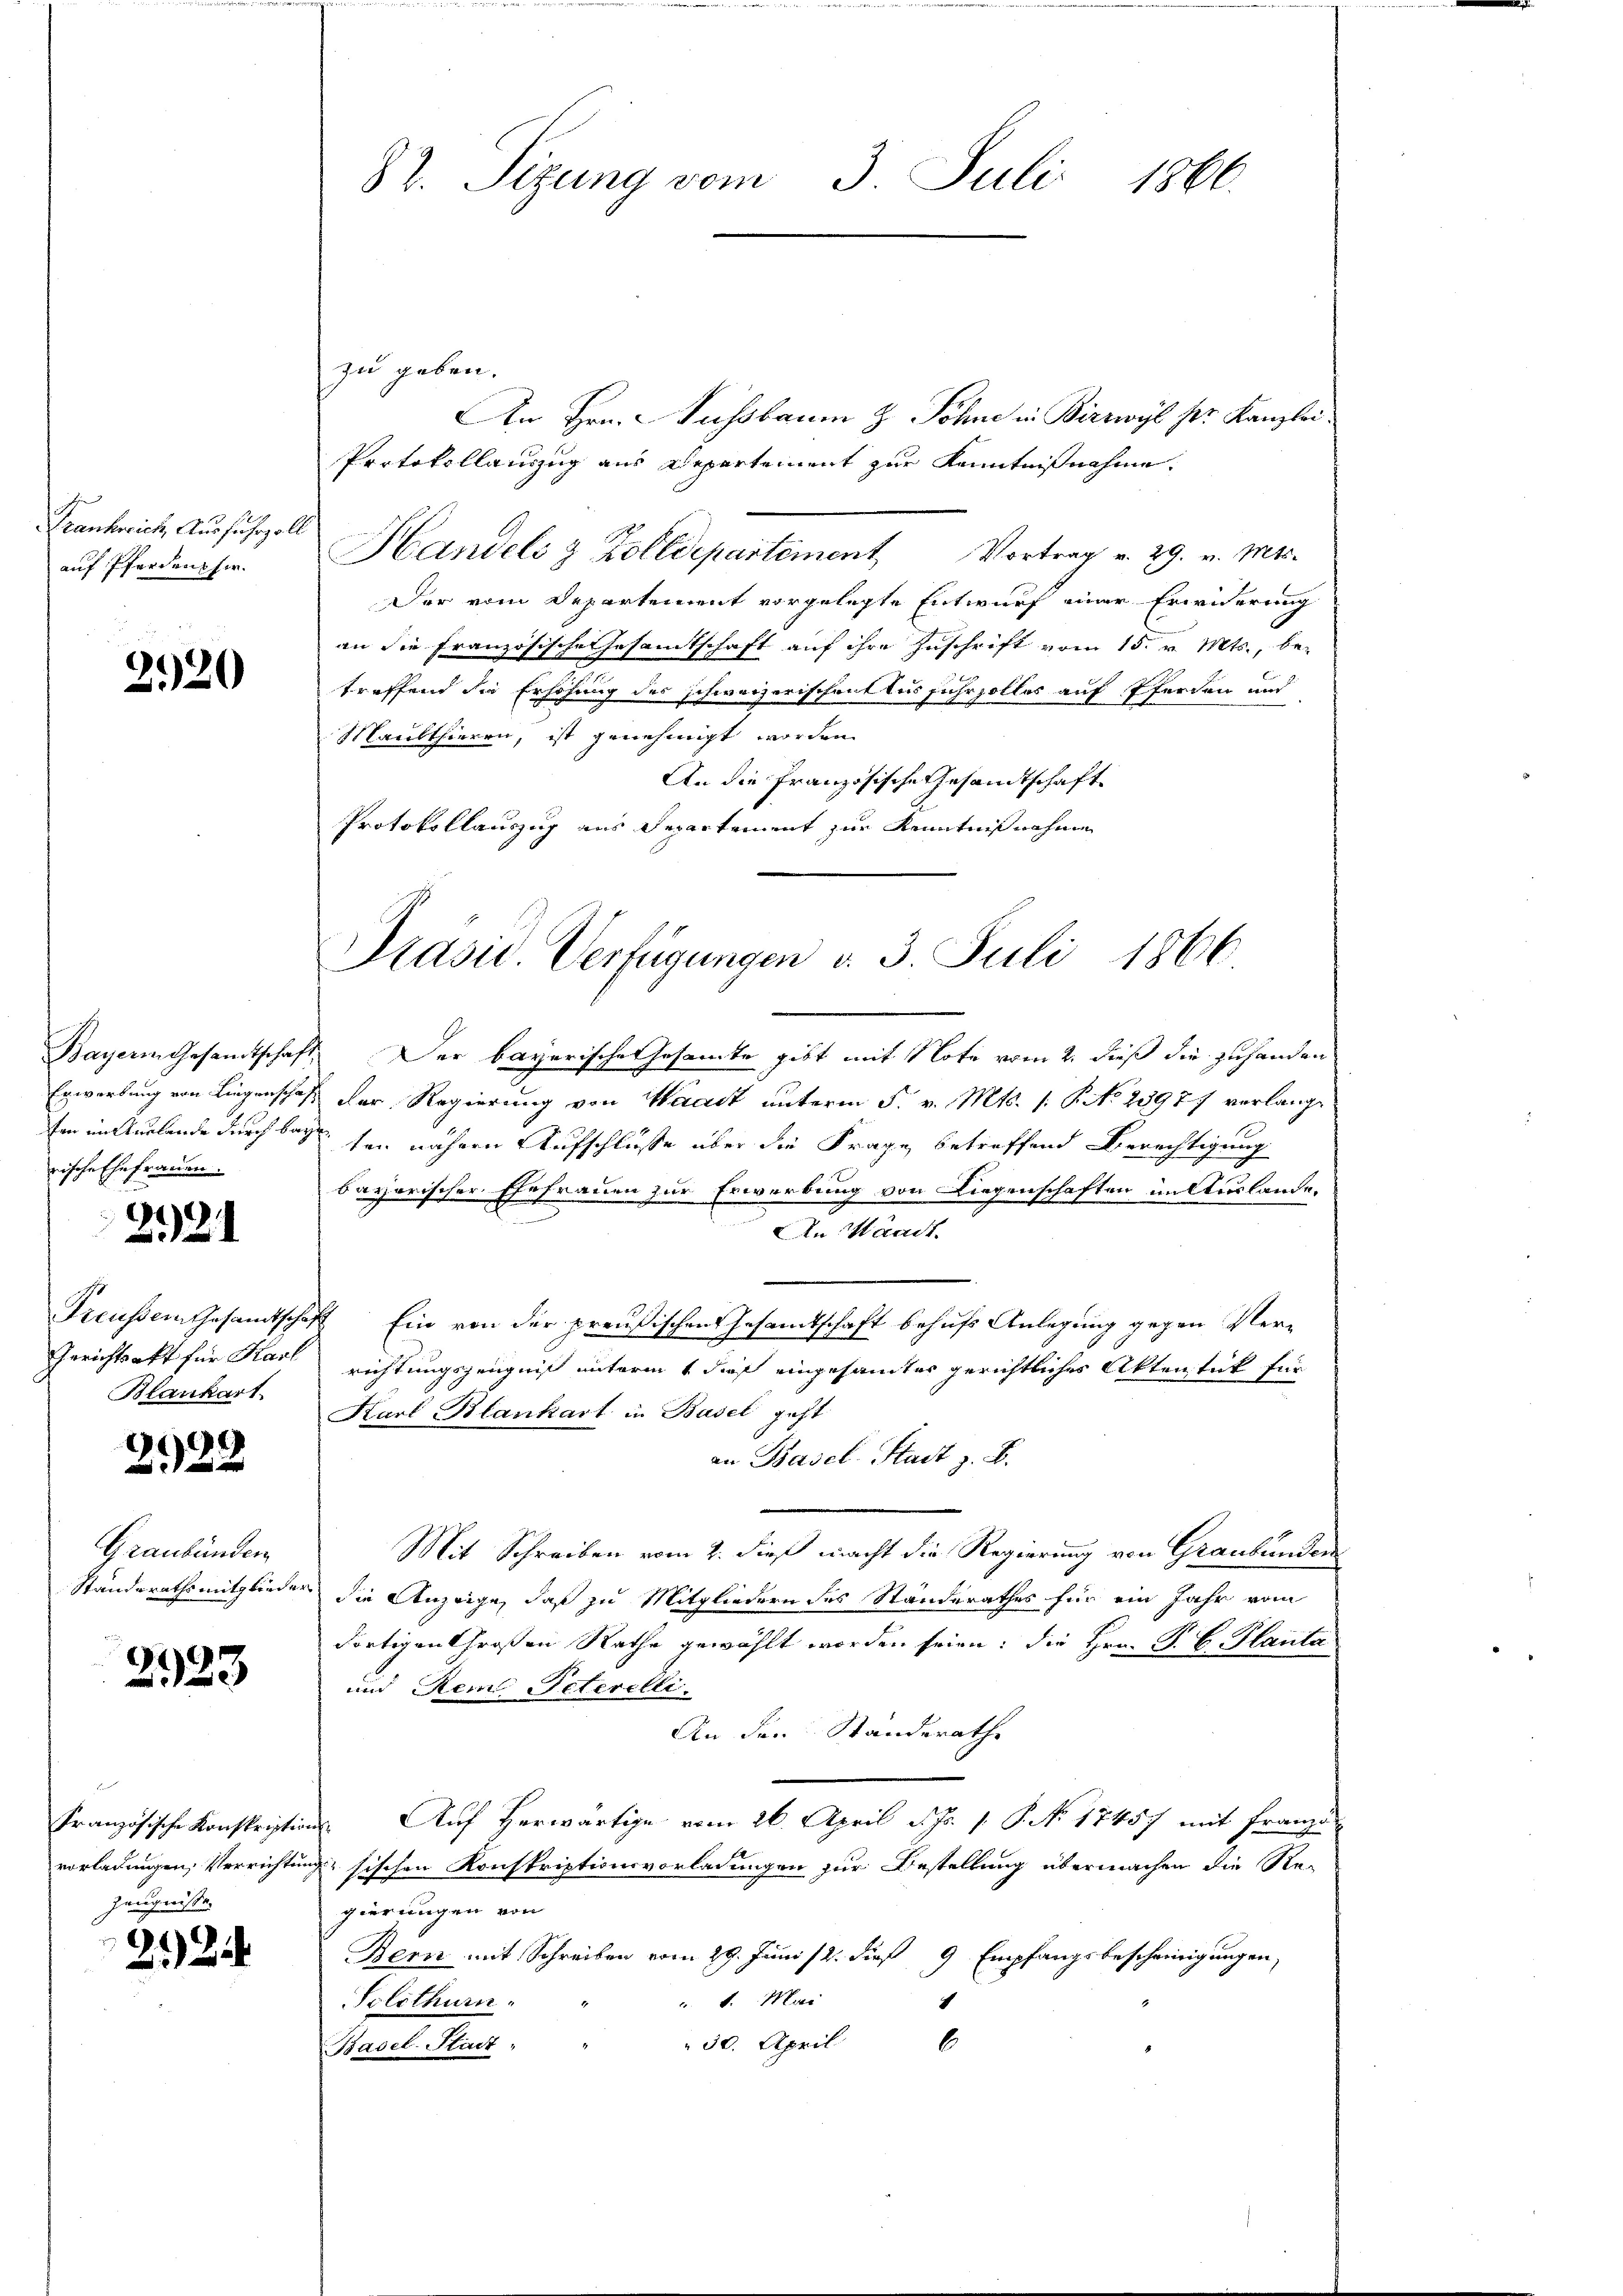
Frankreich Ausfuhrzol
auf Pferden her.

220

Bayern Gesandtschaft
fen im Auslande durch Barische Ehefrauen.

2921

Gerichtsakt für Karl
Blankart

2922

Graubünden
Standerathsmitglieden

2323

d
Französische Konskripte
Zeugnisse.

22

82. Sizung vom 3. Juli 1866.

zu geben.
An Hrn. Nussbaum & Söhne in Birrwyl ser Kanzlei.
Protokollauszug aus Departement zur Kenntnißnahme.
Handels & Zolldepartiment Vortrag v. 29. v. Mts.
Der vom Departement vorgelegte Entwurf einer Erwiderung
an die Französische Gesamtschaft auf ihre Zuschrift vom 15. v. Mts., be-
treffend die Erhöhung des schweizerischen Ausfuhrzolles auf Pferden und
Maulthieren, ist genehmigt worden.
An die Französische Gesandtschaft
Protokollauszug aus Separtement zur Kenntnißnahme
.Der bayerische Gesamte gibt mit Note vom 2. dieß die zuhanden
Erwerbung von Liegenschaft der Regierung von Waadt unterm 5. v. Mts. s. S. No 23977 verlang¬
 ten nähere Aufschlüsse über die Frage betreffend Berechtigung
bayerischer Ehefrauen zur Erwerbung von Liegenschaften im Auslande,
An Waadt.
Preußen Gesamtschaft Ein von der preußischen Gesamtschaft behufs Anlegung gegen Verrichtungszeugniß unterm 1 dieß eingesamtes gerichtliches Aktenstück für
Karl Blankart in Basel geht
an Basel-Stadt z. B.
Mit Schreiben vom 2. dieß macht die Regierung von Graubünden
u die Anzeige, daß zu Mitgliedern des Standerathes für ein Jahr vom
dortigen Großen Rathe gewählt worden seien; die Hrn. P. C. Planta
und Rem Peterelli
An den Standerathe
Auf Herwärtige vom 26. April d. Js. 1. P. No 17457 mit Franzi
¬
vorladungen, Verrichtung sischen Konskriptionsvorladungen zur Bestellung übermachen die Re-
gierungen von
Bern mit Schreiben vom 29. Juni 12. dieß 9 Empfangsbescheinigungen,
 1. Mari
Solothurn.
6.
 30. April
Basel-Stadt-

Präsid. Verfügungen v. 3. Juli 1866.